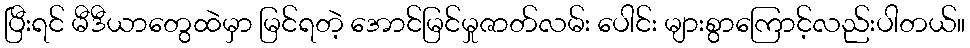
ပြီးရင် မီဒီယာတွေထဲမှာ မြင်ရတဲ့ အောင်မြင်မှုဇာတ်လမ်း ပေါင်း များစွာကြောင့်လည်းပါတယ်။